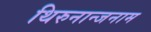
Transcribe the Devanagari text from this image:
थिरुनान्जनाम